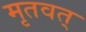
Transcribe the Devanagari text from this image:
मृतवत्